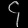
Digit: ၄